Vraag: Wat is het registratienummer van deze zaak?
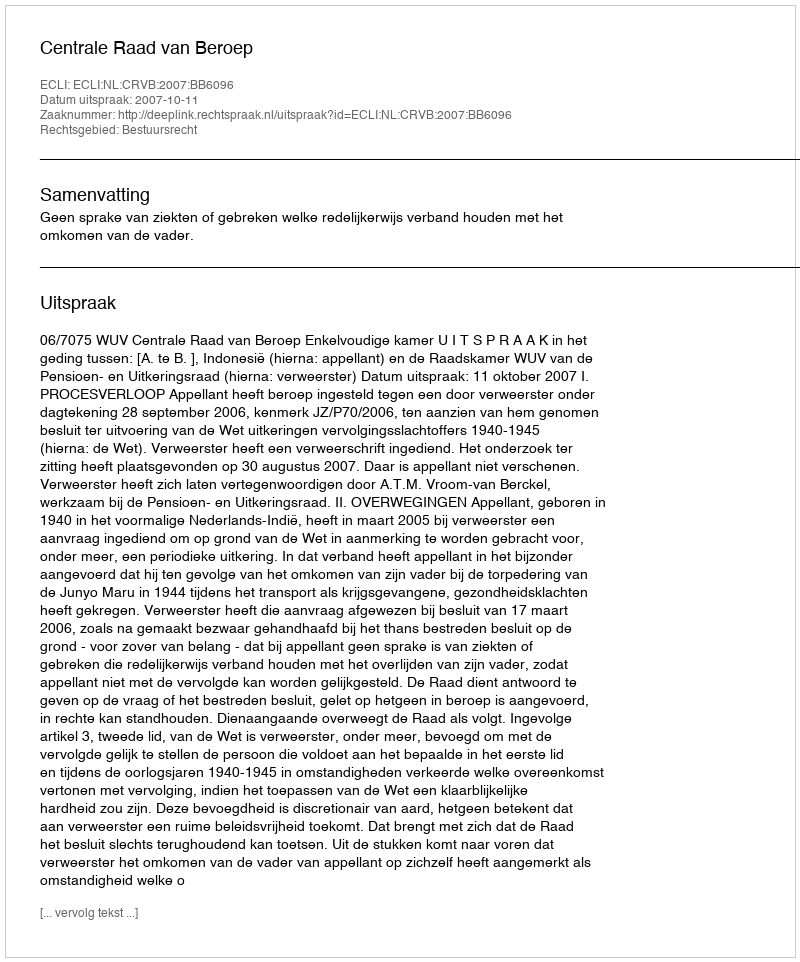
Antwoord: http://deeplink.rechtspraak.nl/uitspraak?id=ECLI:NL:CRVB:2007:BB6096